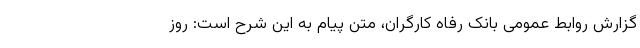
گزارش روابط عمومی بانک رفاه کارگران، متن پیام به این شرح است: روز